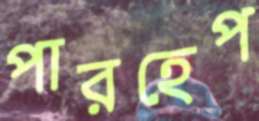
পারহেপ